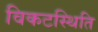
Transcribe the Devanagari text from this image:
विकटस्थिति